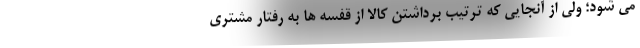
می شود؛ ولی از آنجایی که ترتیب برداشتن کالا از قفسه ها به رفتار مشتری